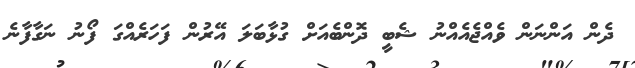
ދެން އަންނަން ވެއްޖެއެއްނު ޝެބީ ދޮންބެއަށް ގުޅާބަލަ އޭރުން ފަހަރެއްގަ ފޯނު ނަގާފާނެ